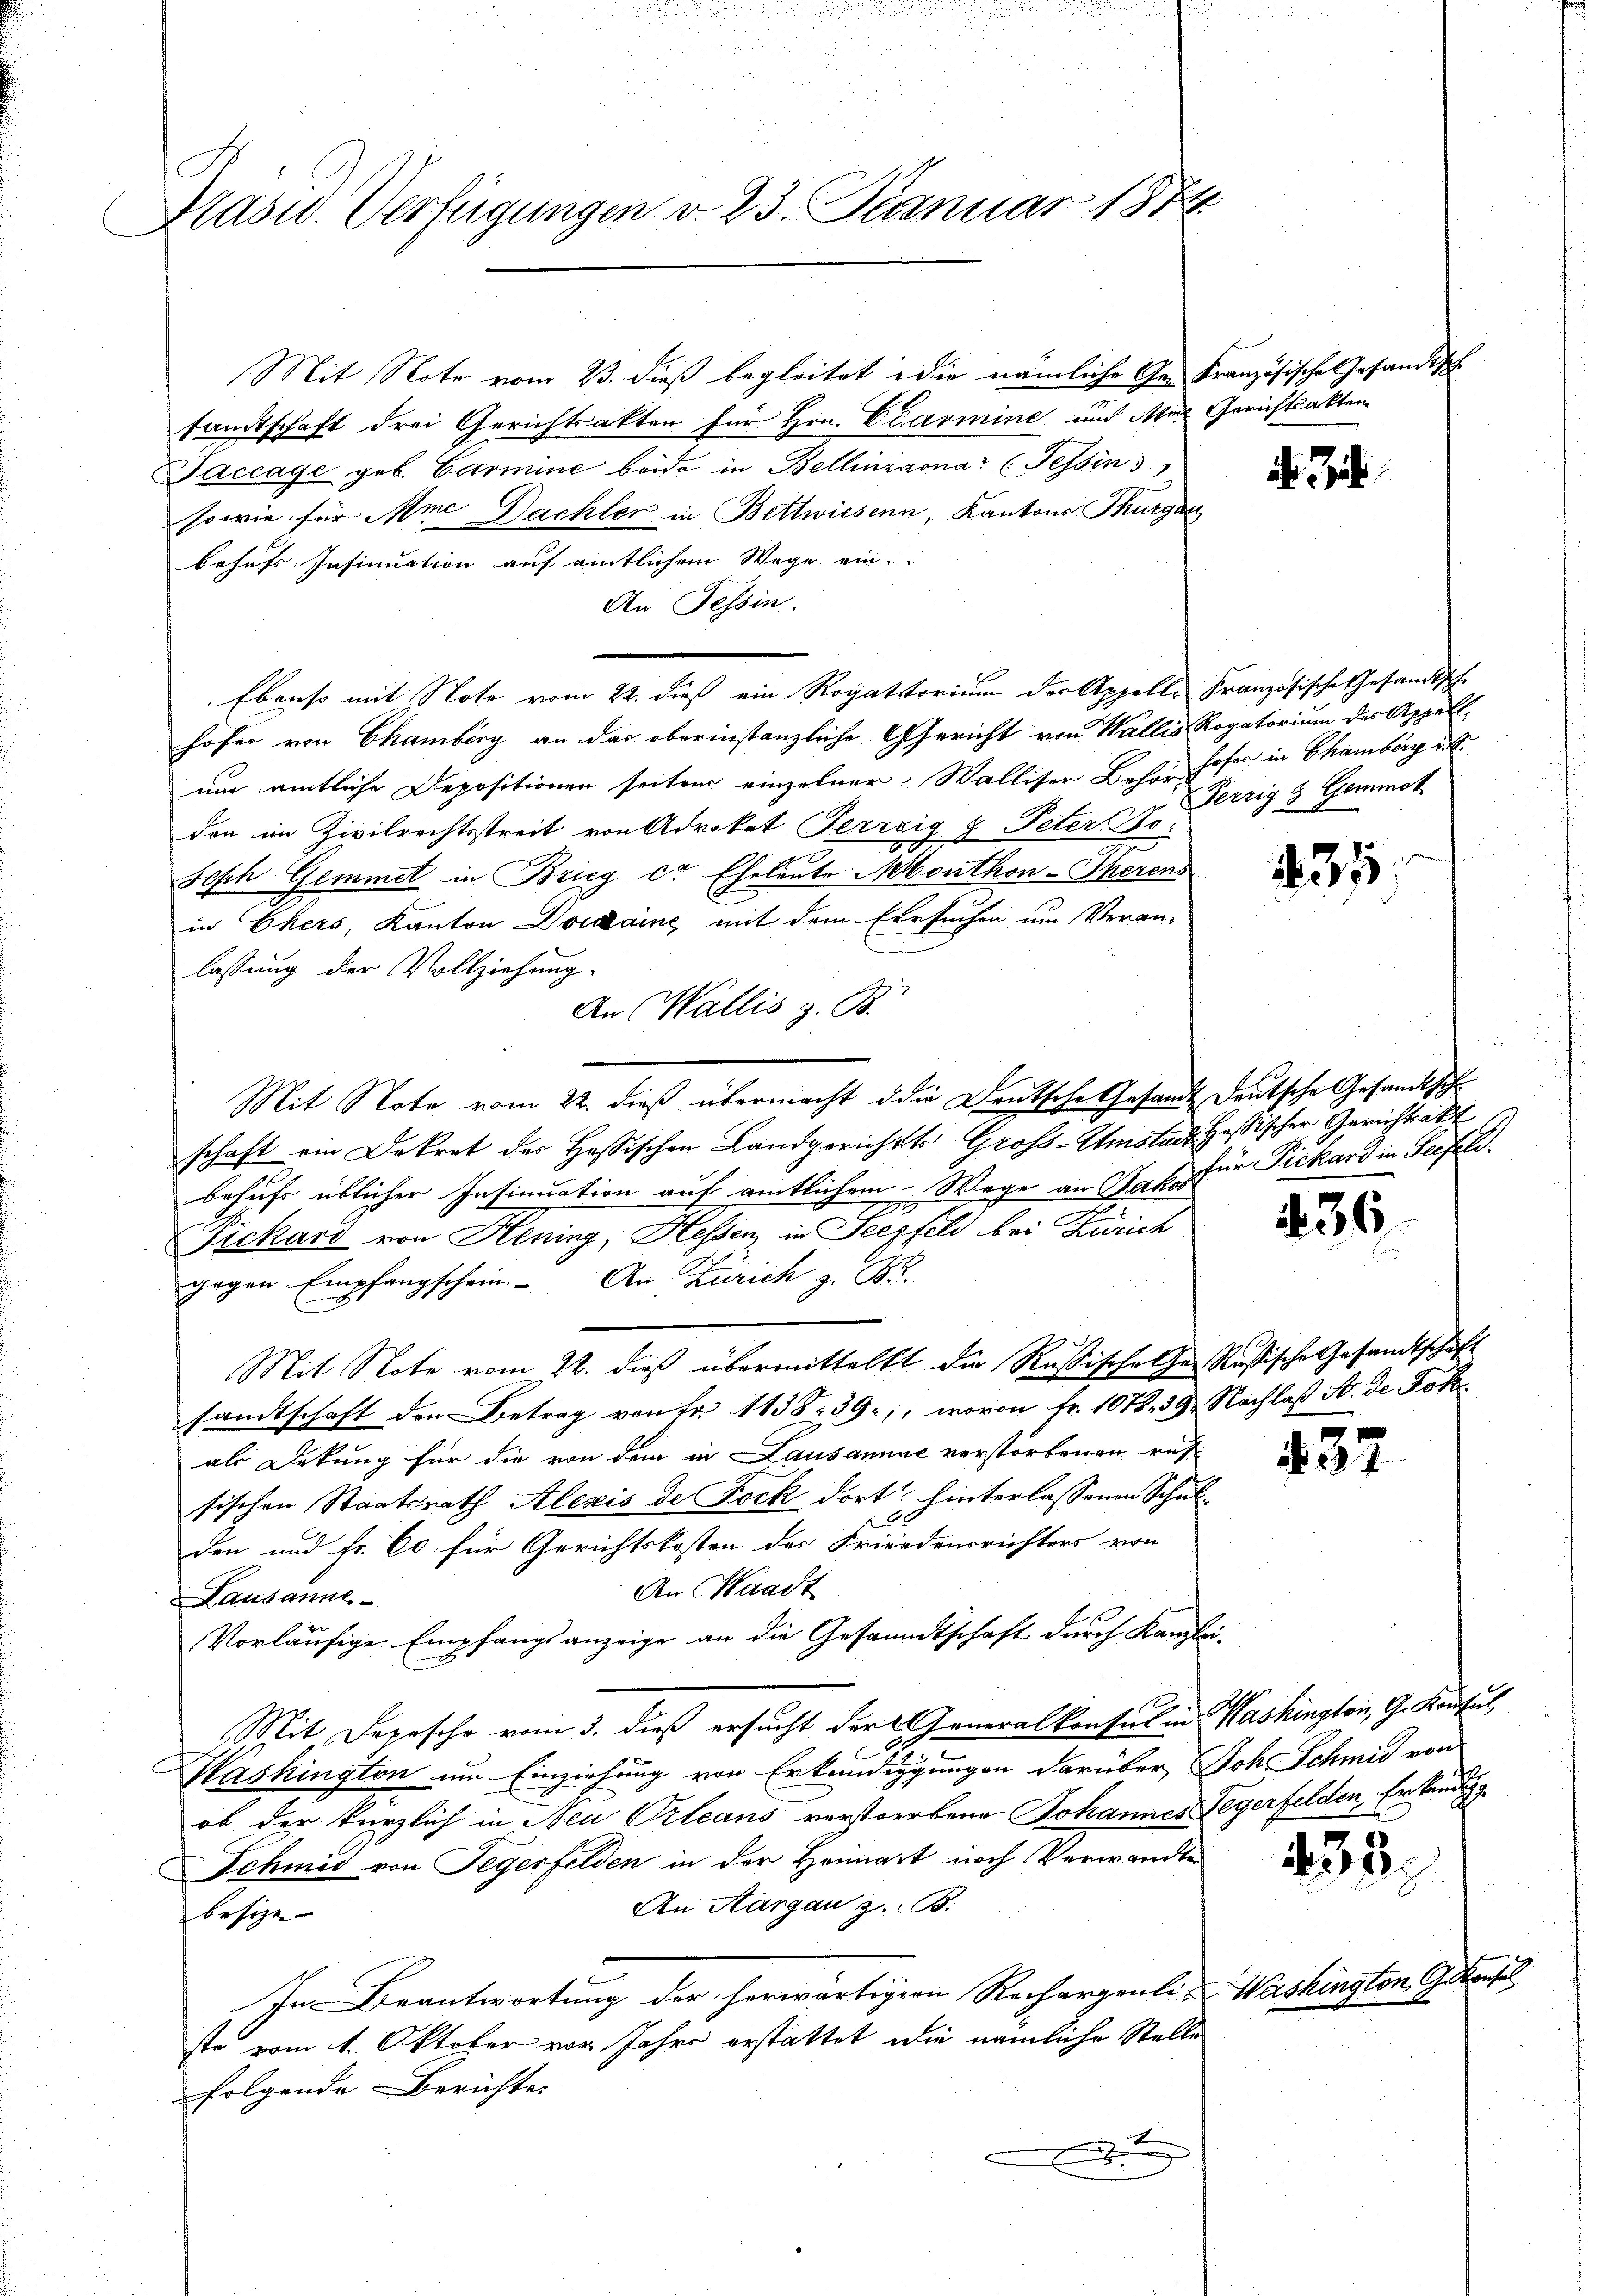
Präsid. Verfügungen v. 23. Januar 187

Mit Note vom 23. dieß begleitet die nämliche Gen Französische Gesandts
sandtschaft drei Gerichtsakten für Hrn. Ciarmine und An Gerichtsakten
Jaccage geb. Garmine beide in Bellinzona (Tessin
sowie für Ame Bachler in Bettwiesenn, Kantons Thurgau
behufs Insinuation auf eintlichem Wege ein
An Tessin.
Ebenso mit Note vom 22. dieß ein Rogatorium der Appelle Französische Gesandtsche
höher von Chamberg an das oberinstanzliche Gericht von Wallis Rogatorium des Appell.
um amtliche Depositionen seiten einzelner: Walliser Bahre hoher in Chamberg i.
den im Zivilrechtsstreit von Advokat Perrrig & Peter Bo¬
Fisch Gemmet in Brieg dr Eheleute Monthon-Therens
in Ehers, Kanton Domaine mit dem Ersuchen um Veran-
lassung der Vollziehung.
An Wallis z. B.
Mit Note vom 22. dieß übermacht die Deutsche Gesandt deutsche Gesandtschr
schaft ein Dekret des Hassischen Landgerichts Gross-Umstanz Heßischer Gerichtsakt
behufs üblicher Insinuation auf amtlichem Wege an Jakob
Zickard von Hening, Hessen, in Seefeld bei Zürich
gegen Empfangschein. An Zürich z. B.
Mit Note vom 22. dieß übermittelst die Rußischolhen Rußische Gesandtschaft
sandtschaft den Betrag von Fr. 1138. 39, wovon Fr. 1072. 39. Nachlaß A. de Not
als Dekung für die von dem in Lausannac verstorbenen rus-
sischen Staatsrath Alexis de Bock dort hinterlassenen Schul¬
200
den und Fr. 60 für Gerichtskosten des Friedensrichters von
An Waadt
Lausanne.
Vorläufige Empfangsanzeige an die Gesandtschaft durch Kanzlei-
Mit Depesche vom 3. dieß ersucht der Generalkonsul in Washington, G. Konsul
Washington um Einziehung von Erkundigungen darüber, Joh. Schmid von
ob der kürzlich in Neu Orleans verstorbene Johannes Tegerfelden Erkundig
Schmid von Segerfelden in der Heimart noch Verwandten
An Aargau z. B.
besize- |
In Beantwortung der herwärtigen Rechargenli-
ste vom 1. Oktober vor Jahre erstattet, wie nämliche Stelle
folgende Berichte.

i. Jet

Perzig & Gemmet

434

für Pickard in Seefeld.

Wacke

436

437

433.

e

gton Gekonsul